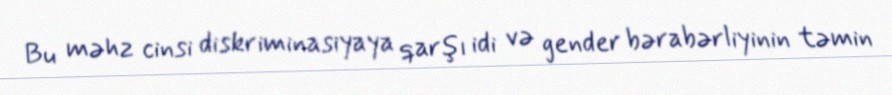
Bu məhz cinsi diskriminasiyaya qarşı idi və gender bərabərliyinin təmin